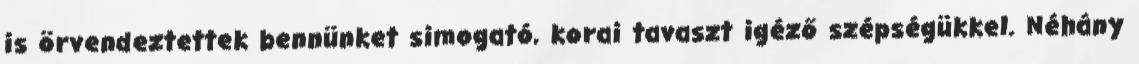
is örvendeztettek bennünket simogató, korai tavaszt igéző szépségükkel. Néhány